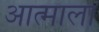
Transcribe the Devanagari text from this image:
आत्माला